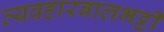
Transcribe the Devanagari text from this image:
व्यवहारबालभट्टी